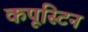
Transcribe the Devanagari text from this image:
कपूस्टिन